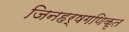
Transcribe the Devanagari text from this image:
जिनहर्षगणिकृत